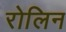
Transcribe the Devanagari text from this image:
रोलिन